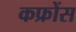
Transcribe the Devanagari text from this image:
कफ्रोंस